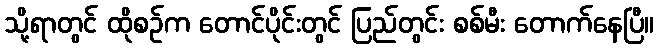
သို့ရာတွင် ထိုစဉ်က တောင်ပိုင်းတွင် ပြည်တွင်း စစ်မီး တောက်နေပြီ။